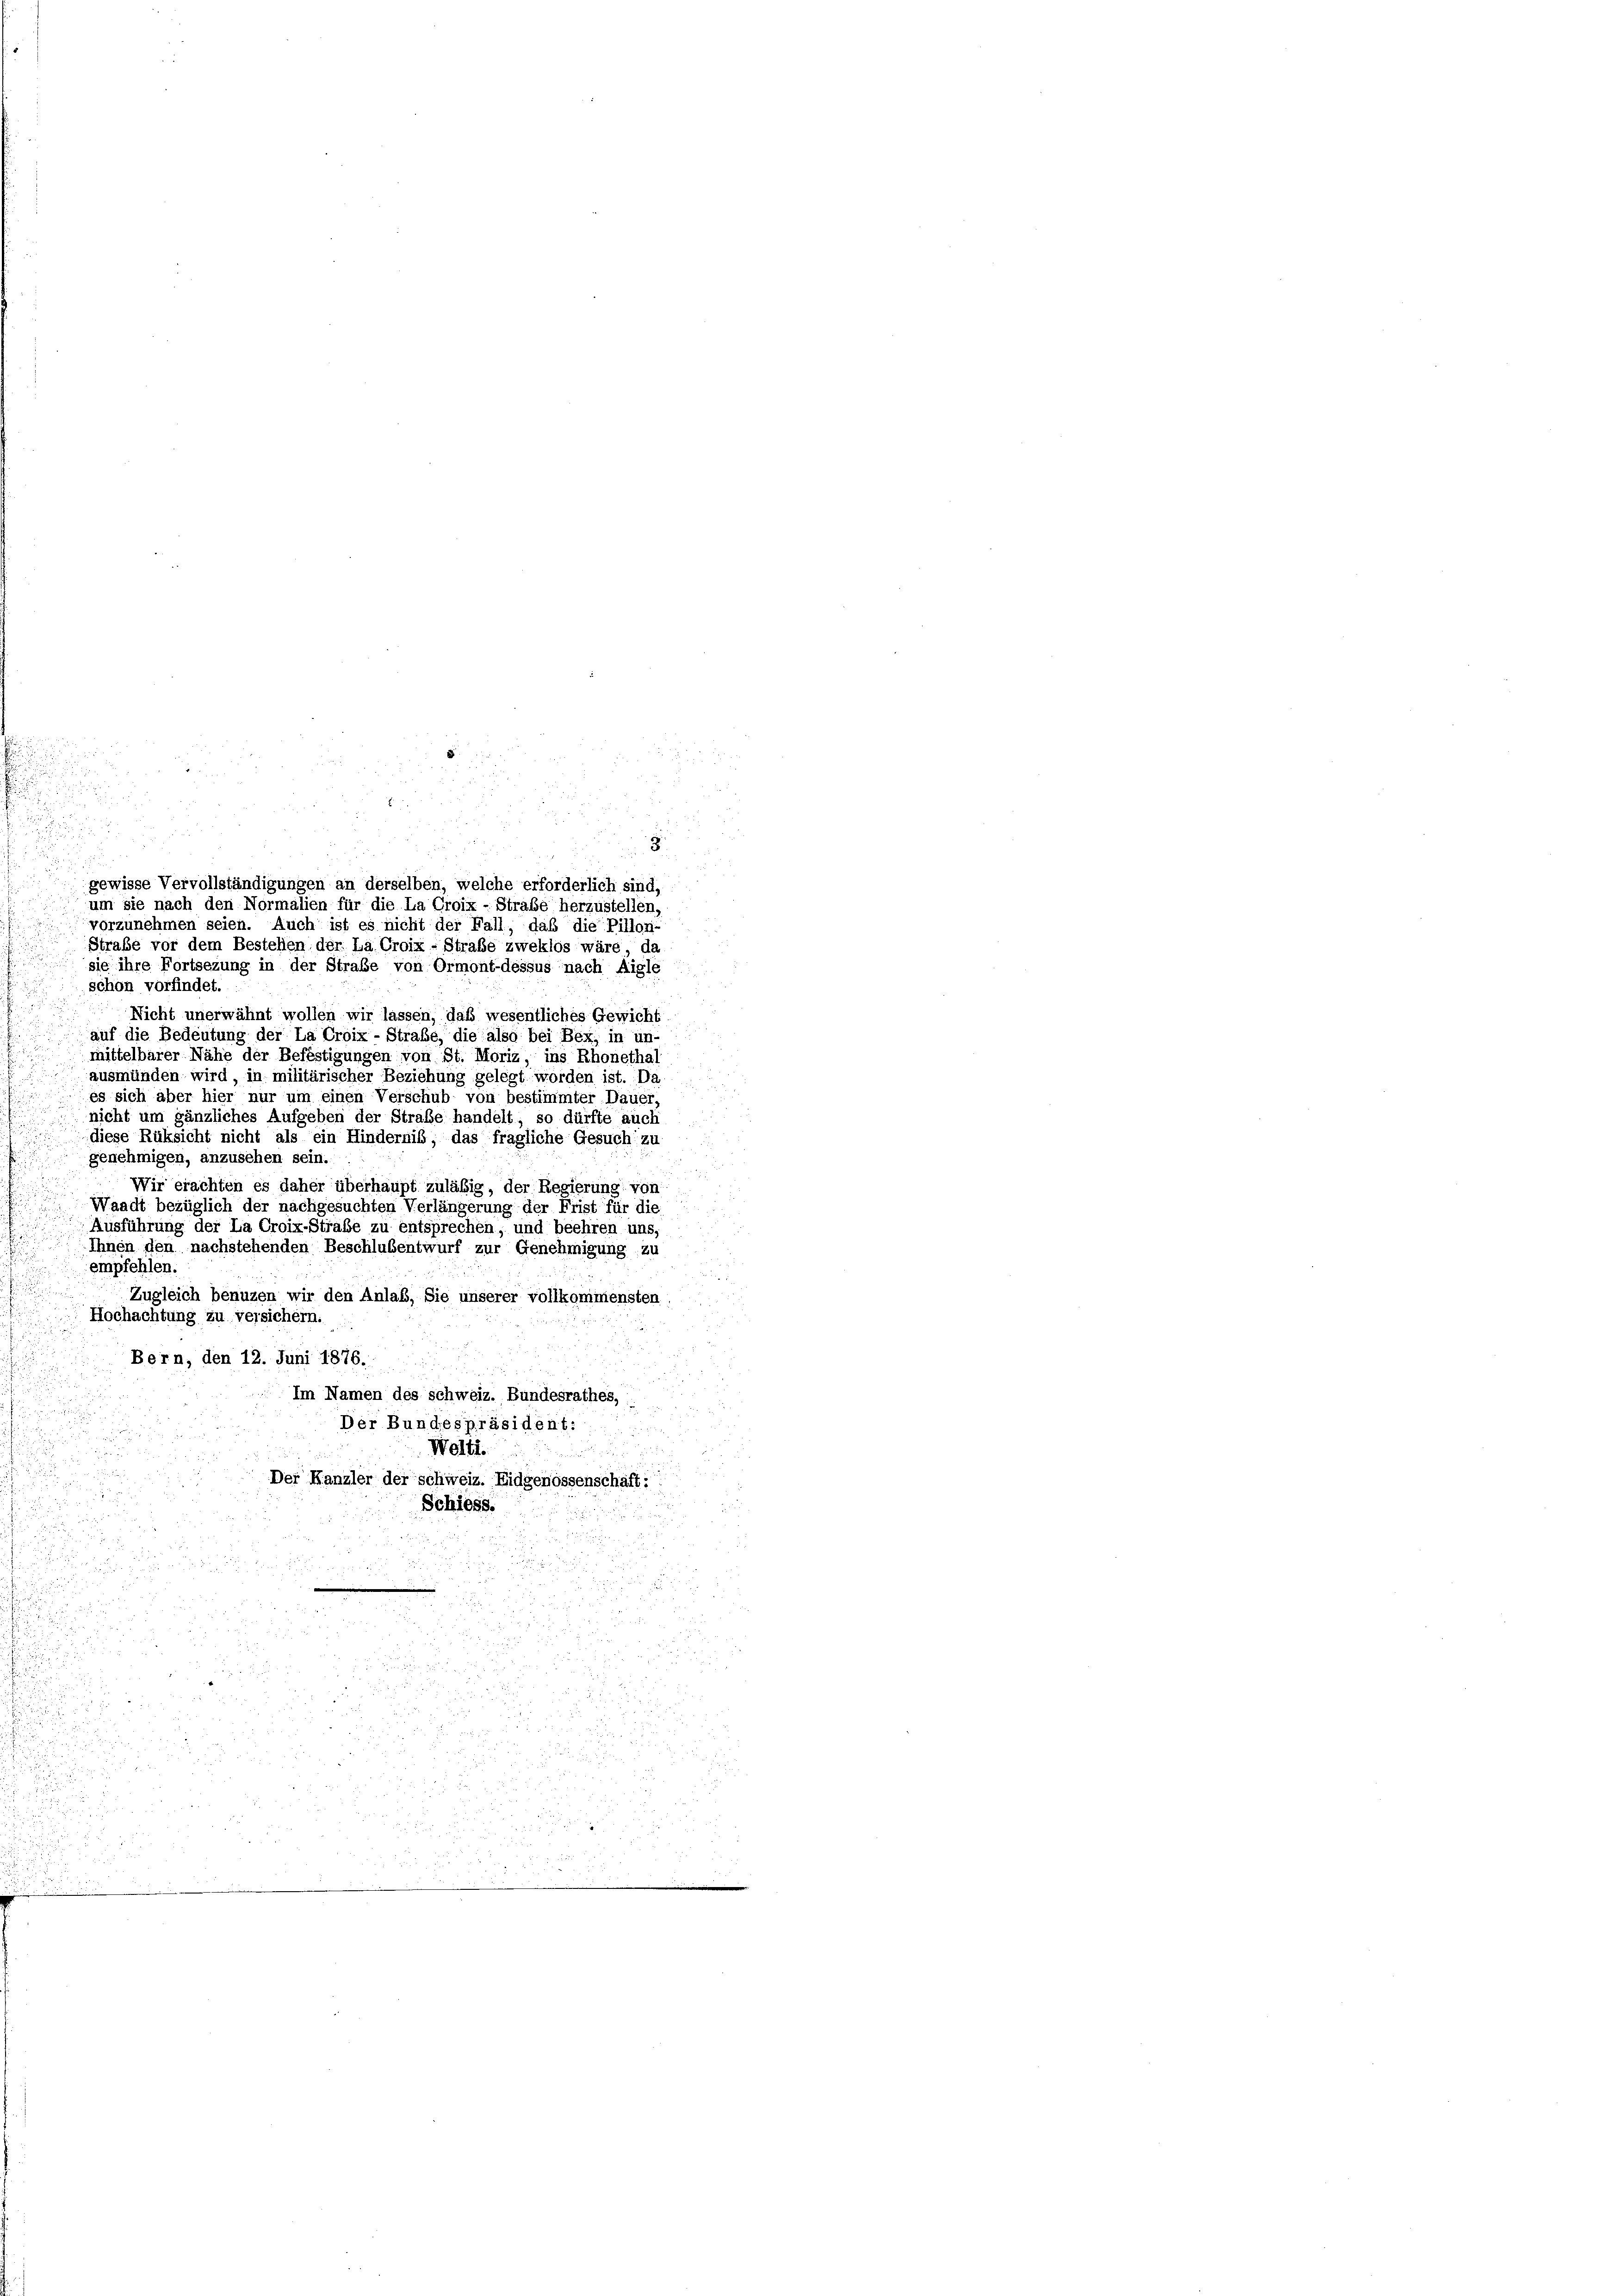
Ausführung der La Croix-Strafe zu entsprechen, und beehren uns,
Ihnen den nachstehenden Beschlußentwurf zur Genehmigung zu
empfehlen.
Zugleich benuzen wir den Anlass, Sie unserer vollkommensten
Hochachtung zu versichern.
Bern, den 12. Juni 1876.
Im Namen des Schweiz. Bundesrathes,
Der Bundespräsident:
Welti.

s
e
Der Kanzler der Schweiz. Eidgenossenschaft:
n
1

Schiess.

u und
i

.

da

u
.
2

.

uzeigen
2
2
hrung

gewisse Vervollständigungen an derselben, welche erforderlich sind,
um sie nach den Normalien für die La Croix - Strafe herzustellen,
vorzunehmen seien. Auch ist es nicht der Fall, daß die Pillon-
Strafe vor dem Bestellen der La Croix-Straße zweklos wäre, da
sie ihre Fortsezung in der Straße von Ormont-dessus nach Aigle
schon vorfindet.
Nicht unerwähnt wollen wir lassen, daß wesentliches Gewicht
auf die Bedeutung der La Croix-Straße, die also bei Bex, in un-
mittelbarer Nähe der Befestigungen von St. Moriz, ins Rhonethal
ausmünden wird, in militärischer Beziehung gelegt worden ist. Da
es sich aber hier nur um einen Verschub von bestimmter Dauer
nicht um gänzliches Aufgeben der Straße handelt, so dürfte auch
diese Rüksicht nicht als ein Hindernis; das fragliche Gesuch zu
genehmigen, anzusehen sein.
Wir erachten es daher überhaupt zuläßig, der Regierung von
Waadt bezüglich der nachgesuchten Verlängerung der Frist für die

3.